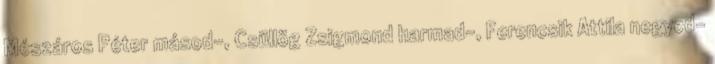
Mészáros Péter másod-, Csüllög Zsigmond harmad-, Ferencsik Attila negyed-